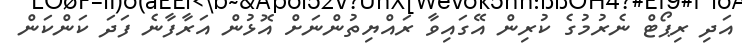
އަދި ރިޕޯޓް ނެރުމުގެ ކުރިން އޭގައިވާ ރައްޔިތުންނަށް އޮޅުން އަރާފާނެ ފަދަ ކަންކަން